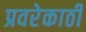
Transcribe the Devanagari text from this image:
प्रवरेकाठी